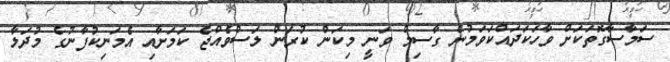
ސަމާސާގޮތަކަށް ވާހަކަދައްކަވަމުން ގާސިމް ވަނީ މިކަން ކުރަން ލަސްވެއްޖެ ކަމަށާއި އެމަނިކުފާނުގެ މުދަލާ